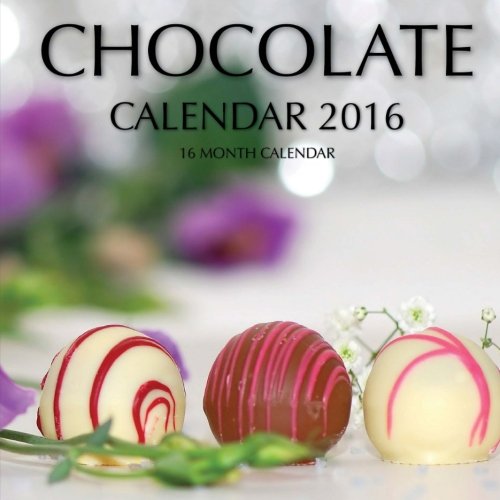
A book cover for Chocolate Calendar 2016: 16 Month Calendar; Jack Smith; Calendars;